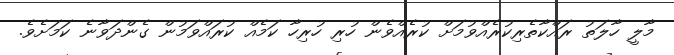
މާލީ ހާލަތު ރައްކާތެރިކުރެއްވުމަށް ކުރެއްވެން ހުރި ހުރިހާ ކަމެއް ކުރައްވަމުން ގެންދަވާނެ ކަމަށެވެ.